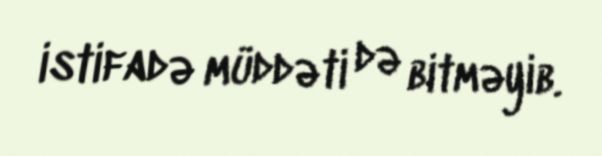
istifadə müddəti də bitməyib.